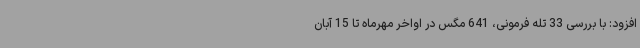
افزود: با بررسی 33 تله فرمونی، 641 مگس در اواخر مهرماه تا 15 آبان